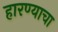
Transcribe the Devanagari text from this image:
हारण्याचा